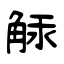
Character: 觨